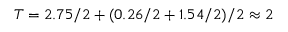
T = 2 . 7 5 / 2 + ( 0 . 2 6 / 2 + 1 . 5 4 / 2 ) / 2 \approx 2